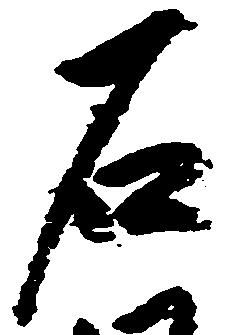
石